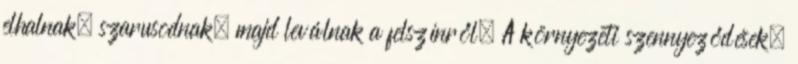
elhalnak, szarusodnak, majd leválnak a felszínről. A környezeti szennyeződések,